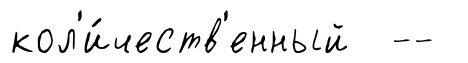
кол'и́честв'енный --